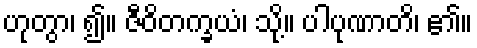
ဟုတွာ၊ ၍။ ဇီဝိတက္ခယံ၊ သို့။ ပါပုဏာတိ၊ ၏။